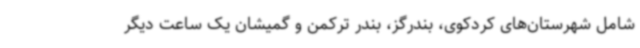
شامل شهرستان‌های کردکوی، بندرگز، بندر ترکمن و گمیشان یک ساعت دیگر